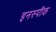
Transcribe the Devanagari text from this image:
इनस्पीक